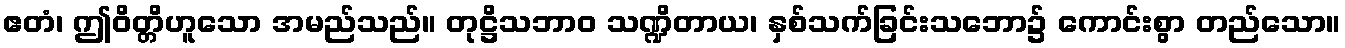
ဧတံ၊ ဤဝိတ္တိဟူသော အမည်သည်။ တုဋ္ဌိသဘာဝ သဏ္ဍိတာယ၊ နှစ်သက်ခြင်းသဘော၌ ကောင်းစွာ တည်သော။